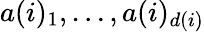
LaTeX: a(i)_{1},\dots,a(i)_{d(i)}